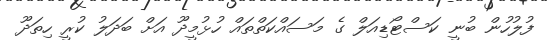
ފުލުހުން ބުނީ ކަސްޓޯޑިއަލް ގެ މަސައްކަތްތައް ހުޅުމީދޫ އަށް ބަދަލު ކުރީ ހިތަދޫ